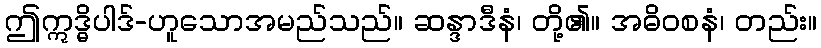
ဤဣဒ္ဓိပါဒ်-ဟူသောအမည်သည်။ ဆန္ဒာဒီနံ၊ တို့၏။ အဓိဝစနံ၊ တည်း။